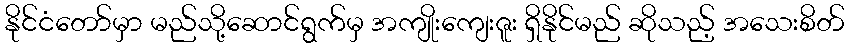
နိုင်ငံတော်မှာ မည်သို့ဆောင်ရွက်မှ အကျိုးကျေးဇူး ရှိနိုင်မည် ဆိုသည့် အသေးစိတ်